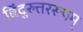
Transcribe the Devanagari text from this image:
बिंदुरुत्तररूपम्